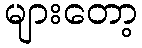
များတော့